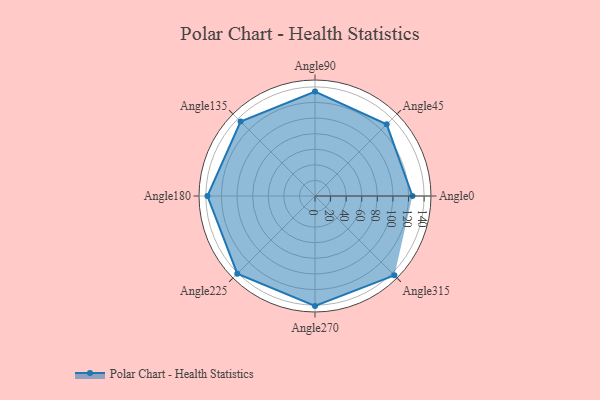
{"axis": {"x": "Angle", "y": "Radius"}, "legend": [""], "data": [{"x": "Angle0", "y": 125.0, "type": ""}, {"x": "Angle45", "y": 130.0, "type": ""}, {"x": "Angle90", "y": 134.0, "type": ""}, {"x": "Angle135", "y": 135.0, "type": ""}, {"x": "Angle180", "y": 138.0, "type": ""}, {"x": "Angle225", "y": 141.0, "type": ""}, {"x": "Angle270", "y": 141.0, "type": ""}, {"x": "Angle315", "y": 144.0, "type": ""}]}